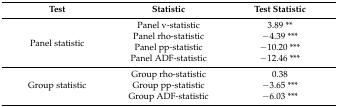
<table><thead><tr><td><b>Test</b></td><td><b>Statistic</b></td><td><b>Test Statistic</b></td></tr></thead><tbody><tr><td rowspan="4">Panel statistic</td><td>Panel v-statistic</td><td>3.89 **</td></tr><tr><td>Panel rho-statistic</td><td>−4.39 ***</td></tr><tr><td>Panel pp-statistic</td><td>−10.20 ***</td></tr><tr><td>Panel ADF-statistic</td><td>−12.46 ***</td></tr><tr><td rowspan="3">Group statistic</td><td>Group rho-statistic</td><td>0.38</td></tr><tr><td>Group pp-statistic</td><td>−3.65 ***</td></tr><tr><td>Group ADF-statistic</td><td>−6.03 ***</td></tr></tbody></table>